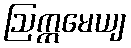
ဩက္ကမေယျ